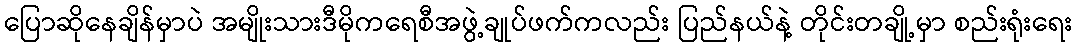
ပြောဆိုနေချိန်မှာပဲ အမျိုးသားဒီမိုကရေစီအဖွဲ့ချုပ်ဖက်ကလည်း ပြည်နယ်နဲ့ တိုင်းတချို့မှာ စည်းရုံးရေး